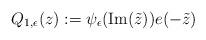
LaTeX: \begin{align*}Q_{1,\epsilon}(z) := \psi_{\epsilon}(\mathrm{Im}(\tilde{z}))e(-\tilde{z})\end{align*}